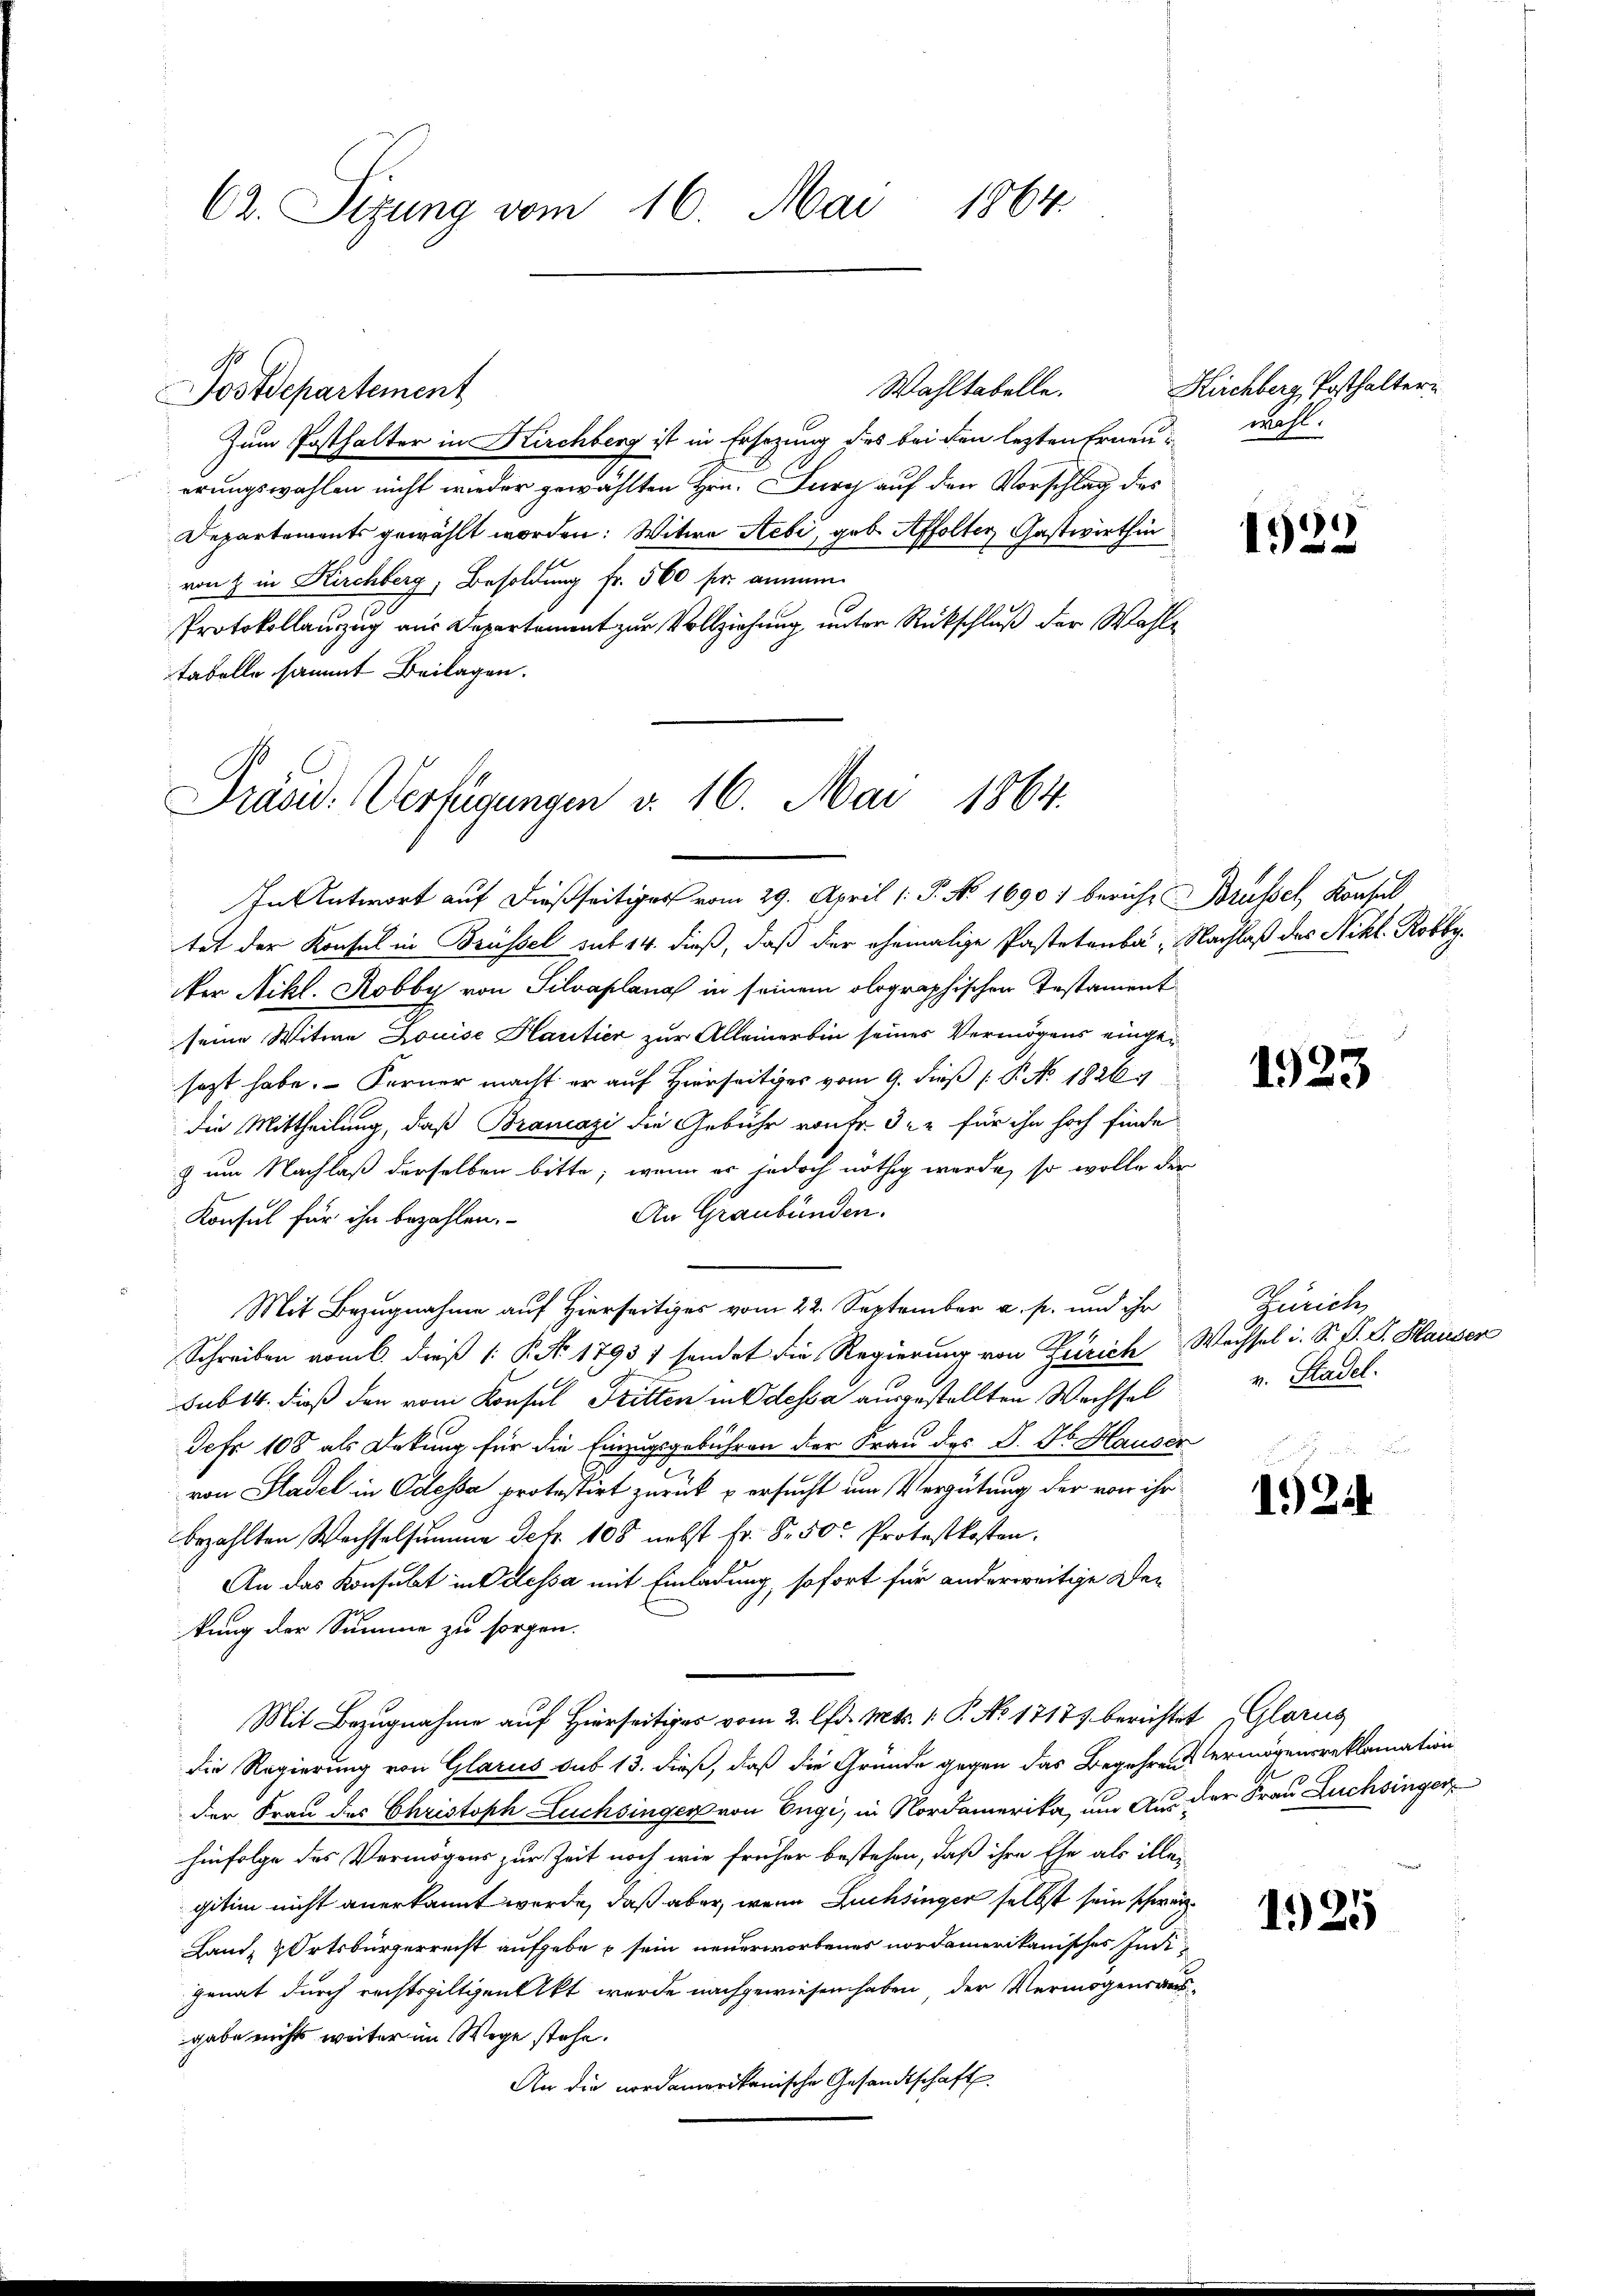
C2. Sizung vom 16. Mai 1864.

Wahltabelle.
Postdepartement
Zum Posthalter in Kirchberg ist in Ersezung des bei den letzten Erneue wohl.
erungswahlen nicht wieder gewählten Hrn. Durch auf den Vorschlag des
Departements gewählt worden: Witwe Stebi, geb. Affolter Gastwirthin
von & in Kirchberg, Besoldung fr. 560 fr annem
Protokollauszug aus Departement zur Vollziehung unter Rückschluß der Wahltabelle sammt Beilagen.

Präsid. Verfügungen v. 16. Mai 1864.

In Antwort auf dießseitiger vom 29. April [P. No. 16901 bericht Brüssel, Konsul
tet der Konsul in Brüssel mit 14. dieß, daß der ehemalige Pastetenba, Nachlaß des Nikl. Robby.
er Nikl. Robby von Silvaplana in seinem olographischen Instament
seine Witwe Louise Hartier zur Alleinerbin seines Vermögens eingesagt habe. Ferner macht er auf Hierseitiges vom 9. dieß P. No. 1820
die Mittheilung, daß Brancazi die Gebühr von Fr. 322 für ihn hoch finde
& um Nachlaß derselben bitte, wenn er jedoch nöthig werde, so wolle der
An Graubünden.
Konsul für ihn bezahlen.
Mit Bezugnahme auf Hierseitiges vom 22. September a. p. und ihr
Schreiben vom 6. dieß 1: P. Nr. 1793, sendet die Regierung von Zürich Wechsel i. St. P. G. Hauser
sub 14. dieß den vom Konsul Fritten in dessa ausgestellten Wechsel
Jahr 108 als Dekung für die Einzugsgebühren der Frau des P. Nr. Hauser
von Stadel in Odessa protestirt zurück u ersucht um Vergütung der von ihr
bezahlten Wechselsumme Petr. 108 nebst Fr. 8. 50 Protestkosten.
An das Konsabet in Oelessa mit Einladung, sofort für anderweitige De-
kung der Summe zu sorgen.
Mit Bezugnahme auf Hierseitiges vom 2. lfd. Mts. 1. P. No 1717 berichtet Glarus
die Regierung von Glarus sub 13. dieß, daß die Gründe gegen das Begehren ermögensreklamation
der Frau des Christoph Lüchsinger von Engi, in Nordamerika, um Aus der Frau Buchsinger
hinfolge des Vermögens zur Zeit noch wie früher bestehen, daß ihre Ehe als illei
gitim nicht anerkannt werde, daß aber, wenn Fuchsinger selbst sein schwer
Land- & Ortsbürgerrecht aufgebe u sein neuerworbenes nordamerikanisches Indigenat durch rechtspiltgenakt werde nachgewiesen haben, der Vermögensaus-
gabe nichts weiter im Wege stehe.
An die nordamerikanische Gesandtschaft

Hichberg, Posthalter¬

1922

1923

Zürich
v. Stadel.

1924

1925